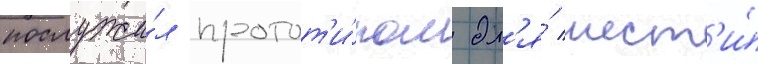
послужи́л протот'и́пом дл'я́ шест'и́